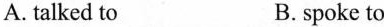
A. talked to B.spoke to